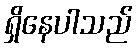
ရှိနေပါသည်